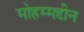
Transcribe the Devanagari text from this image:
मोहम्मद्दीन